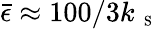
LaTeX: \bar{\epsilon}\approx 100/3k_{\mathrm{~\scriptsize~S~}}